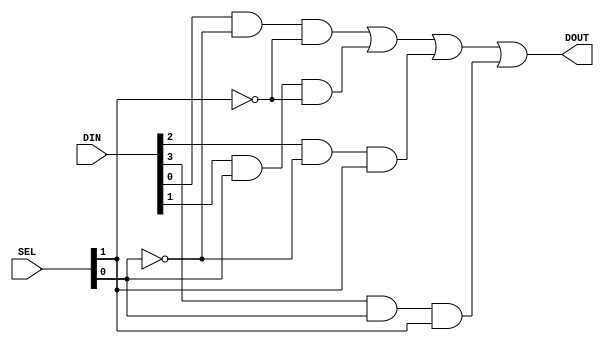
`timescale 1ns / 1ps

/*
    Group Members: Thomas Hudson and Warren Seto

    Lab Name: Combinational Logic
    Project Name: eng312_proj2
    Design Name: mux_four_to_one.v
    Design Description: Verilog Module for a Four to One Multiplexer
*/

module mux_four_to_one
(
  input [3:0] DIN,
  input [1:0] SEL,
  output DOUT
);

  // Each output relies on the value of the select bits and the input bits
  assign DOUT = (DIN[0] & ~SEL[0] & ~SEL[1]) | (DIN[1] & SEL[0] & ~SEL[1]) | (DIN[2] & ~SEL[0] & SEL[1]) | (DIN[3] & SEL[0] & SEL[1]);
endmodule